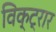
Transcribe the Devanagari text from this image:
विक्ट्रार